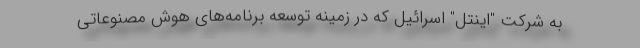
به شرکت "اینتل" اسرائیل که در زمینه توسعه برنامه‌های هوش مصنوعاتی